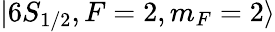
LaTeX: \lvert 6S_{1/2},F=2,m_{F}=2\rangle